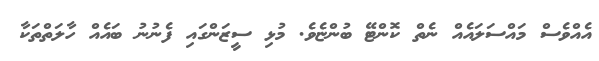
އެއްވެސް މައްސަލައެއް ނެތް ކޮންޓޭ ބުންޏެވެ. މުޅި ސީޒަންގައި ފެނުނު ބައެއް ހާލަތްތަކާ